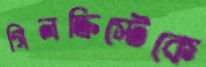
গিলক্রিস্টেকে